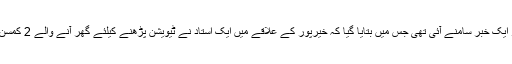
تفصیلات کے مطابق گذشتہ روز ایک خبر سامنے آئی تھی جس میں بتایا گیا کہ خیرپور کے علاقے میں ایک استاد نے ٹیویشن پڑھنے کیلئے گھر آنے والے 2 کمسن بچوں کو زیادتی کا نشانہ بنا دیا۔